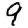
Digit: 9